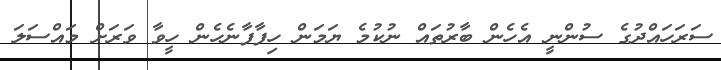
ސަރަހައްދުގެ ސުންނީ އެހެން ބާރުތައް ނުކުމެ ޔަމަން ހިފާފާނެހެން ހީވާ ވަރަށް މައްސަލަ